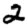
Digit: 2